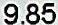
9.85